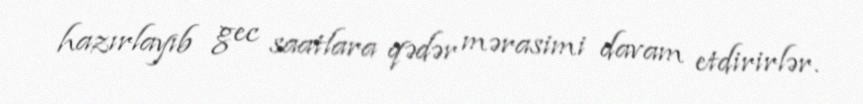
hazırlayıb gec saatlara qədər mərasimi davam etdirirlər.